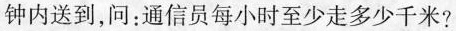
钟内送到，问：通信员每小时至少走多少千米?